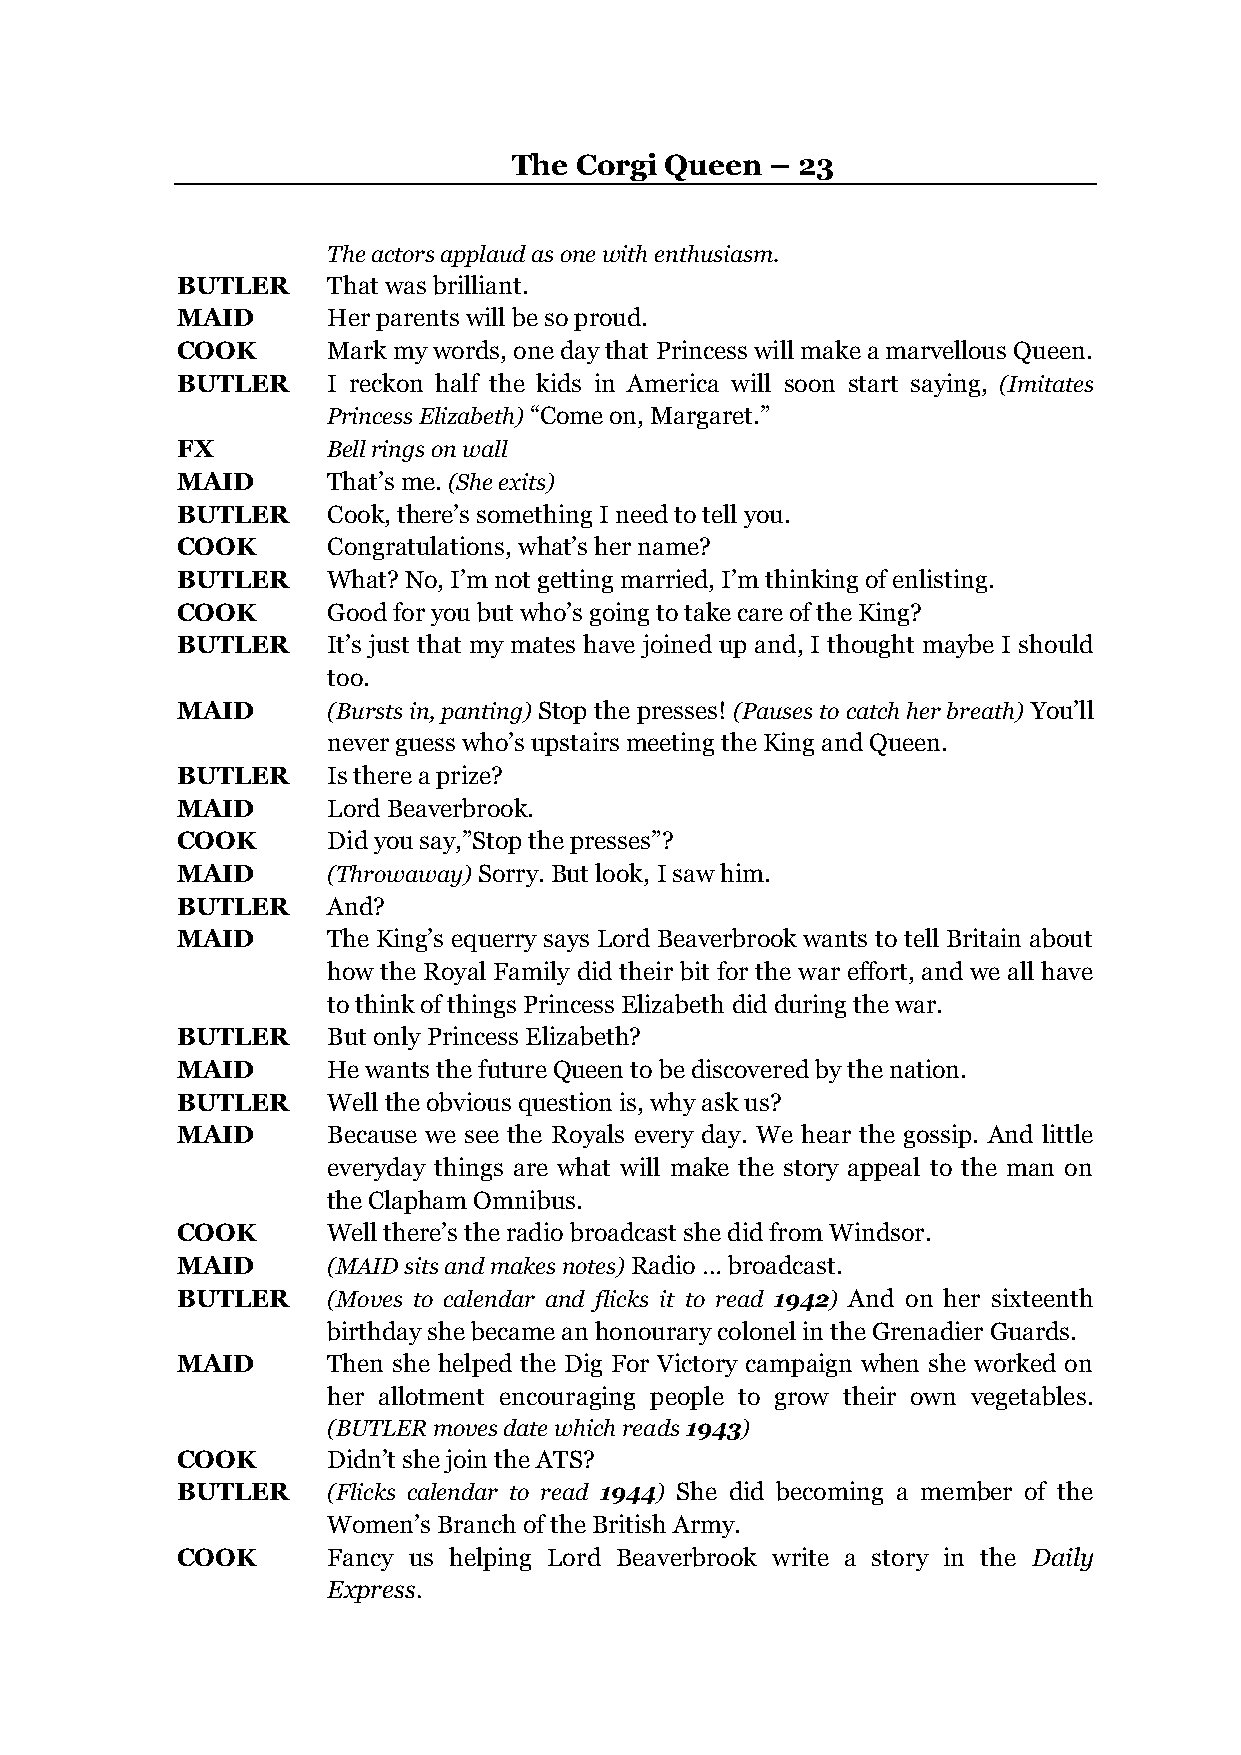
The Corgi Queen  – 23
 The actors applaud as one with enthusiasm.
 BUTLER    That was brilliant.
 MAID      Her parents will be so proud.
 COOK      Mark my words, one day that Princess will make a marvellous Queen.
 BUTLER    I reckon half the kids in America will soon start saying, (Imitates
 Princess Elizabeth) “Come on, Margaret.”
 FX        Bell rings on wall
 MAID      That’s me. (She exits)
 BUTLER    Cook, there’s something I need to tell you.
 COOK      Congratulations, what’s her name?
 BUTLER    What? No, I’m not getting married, I’m thinking of enlisting.
 COOK      Good for you but who’s going to take care of the King?
 BUTLER    It’s just that my mates have joined up and, I thought maybe I should
 too.
 MAID      (Bursts in, panting) Stop the presses! (Pauses to catch her breath) You’ll
 never guess who’s upstairs meeting the King and Queen.
 BUTLER    Is there a prize?
 MAID      Lord Beaverbrook.
 COOK      Did you say,”Stop the presses”?
 MAID      (Throwaway) Sorry. But look, I saw him.
 BUTLER    And?
 MAID      The King’s equerry says Lord Beaverbrook wants to tell Britain about
 how the Royal Family did their bit for the war effort, and we all have
 to think of things Princess Elizabeth did during the war.
 BUTLER    But only Princess Elizabeth?
 MAID      He wants the future Queen to be discovered by the nation.
 BUTLER    Well the obvious question is, why ask us?
 MAID      Because we see the Royals every day. We hear the gossip. And little
 everyday things are what will make the story appeal to the man on
 the Clapham Omnibus.
 COOK      Well there’s the radio broadcast she did from Windsor.
 MAID      (MAID sits and makes notes) Radio … broadcast.
 BUTLER    (Moves to calendar and flicks it to read 1942) And on her sixteenth
 birthday she became an honourary colonel in the Grenadier Guards.
 MAID      Then she helped the Dig For Victory campaign when she worked on
 her allotment encouraging people to grow their own vegetables.
 (BUTLER moves date which reads 1943)
 COOK      Didn’t she join the ATS?
 BUTLER    (Flicks calendar to read 1944) She did becoming a member of the
 Women’s Branch of the British Army.
 COOK      Fancy us helping Lord Beaverbrook write a story in the Daily
 Express.